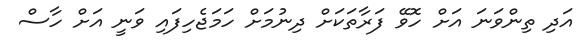
އަދި ތިންވަނަ އަށް ހޮވޭ ފަރާތަކަށް ދިނުމަށް ހަމަޖެހިފައި ވަނީ އަށް ހާސް